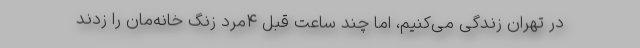
در تهران زندگی می‌کنیم، اما چند ساعت قبل ۴مرد زنگ خانه‌مان را زدند